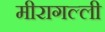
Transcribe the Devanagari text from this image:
मीरागल्ली